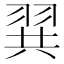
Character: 𮊾